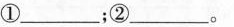
①___；②___。